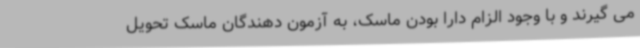
می گیرند و با وجود الزام دارا بودن ماسک، به آزمون دهندگان ماسک تحویل